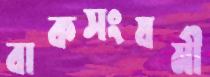
বাকসংযমী